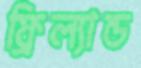
ফ্রিল্যান্ড